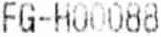
FG-H00088